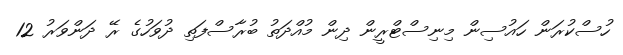
ހުސްކުރަން ހައުސިން މިނިސްޓްރީން ދިން މުއްދަތު ބުރާސްފަތި ދުވަހުގެ ރޭ ދަންވަރު 12